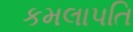
કમલાપતિ